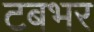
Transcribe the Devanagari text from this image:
टबभर